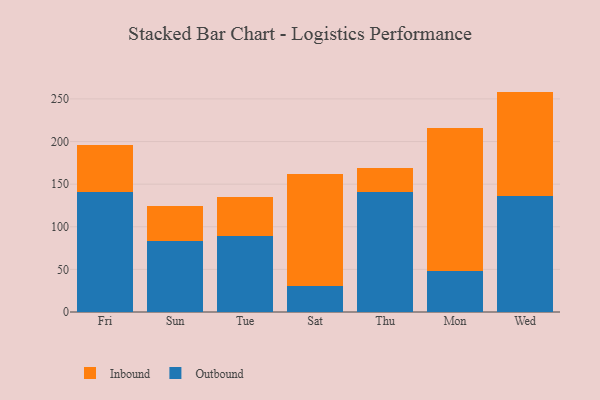
{"axis": {"x": "Day", "y": "Energy Usage (MWh)"}, "legend": ["Inbound", "Outbound"], "data": [{"x": "Fri", "y": 141.3, "type": "Outbound"}, {"x": "Fri", "y": 54.5, "type": "Inbound"}, {"x": "Sun", "y": 83.2, "type": "Outbound"}, {"x": "Sun", "y": 40.8, "type": "Inbound"}, {"x": "Tue", "y": 89.0, "type": "Outbound"}, {"x": "Tue", "y": 45.5, "type": "Inbound"}, {"x": "Sat", "y": 30.8, "type": "Outbound"}, {"x": "Sat", "y": 131.1, "type": "Inbound"}, {"x": "Thu", "y": 141.0, "type": "Outbound"}, {"x": "Thu", "y": 28.5, "type": "Inbound"}, {"x": "Mon", "y": 48.5, "type": "Outbound"}, {"x": "Mon", "y": 167.6, "type": "Inbound"}, {"x": "Wed", "y": 135.8, "type": "Outbound"}, {"x": "Wed", "y": 122.8, "type": "Inbound"}]}